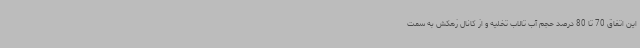
این اتفاق 70 تا 80 درصد حجم آب تالاب تخلیه و از کانال زهکش به سمت